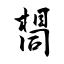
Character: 𫝛